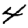
Digit: 4